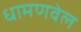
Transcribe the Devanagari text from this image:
धामणवेल